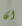
ان